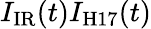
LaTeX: I_{\mathrm{{IR}}}(t)I_{\mathrm{{H17}}}(t)